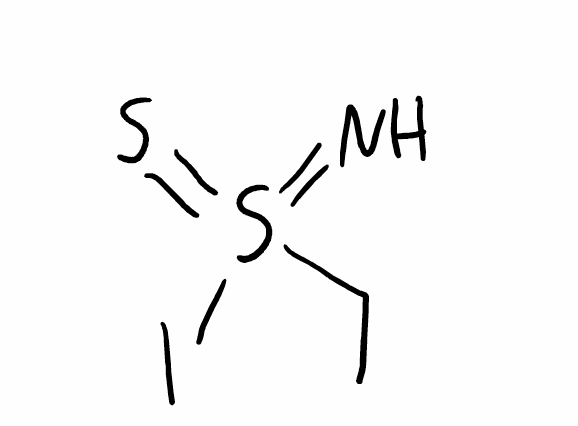
Simplified molecular-input line-entry system (SMILES) notation of the given molecule:
CCS(=N)(=S)I